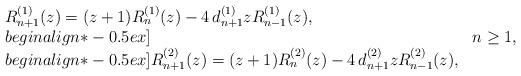
LaTeX: \begin{align*} \begin{array}{ll} R_{n+1}^{(1)}(z) = (z+1)R_{n}^{(1)}(z) - 4 \, d_{n+1}^{(1)} z R_{n-1}^{(1)}(z), & \\begin{align*}-0.5ex] & n \geq 1, \\begin{align*}-0.5ex] R_{n+1}^{(2)}(z) = (z+1)R_{n}^{(2)}(z) - 4 \, d_{n+1}^{(2)} z R_{n-1}^{(2)}(z), & \end{array}\end{align*}